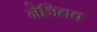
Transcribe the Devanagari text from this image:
नेत्रितव